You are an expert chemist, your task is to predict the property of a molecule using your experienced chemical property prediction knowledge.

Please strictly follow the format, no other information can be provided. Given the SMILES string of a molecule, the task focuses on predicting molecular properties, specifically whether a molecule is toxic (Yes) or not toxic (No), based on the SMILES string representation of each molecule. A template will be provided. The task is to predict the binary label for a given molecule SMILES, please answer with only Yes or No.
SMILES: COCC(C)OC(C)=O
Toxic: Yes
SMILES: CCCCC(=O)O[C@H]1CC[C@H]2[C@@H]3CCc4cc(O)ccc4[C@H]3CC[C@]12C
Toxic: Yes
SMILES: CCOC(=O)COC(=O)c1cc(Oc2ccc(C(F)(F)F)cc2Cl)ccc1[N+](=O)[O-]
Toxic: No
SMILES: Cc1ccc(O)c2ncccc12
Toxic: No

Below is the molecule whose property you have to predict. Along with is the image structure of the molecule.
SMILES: CC(CC=O)CC(C)(C)C
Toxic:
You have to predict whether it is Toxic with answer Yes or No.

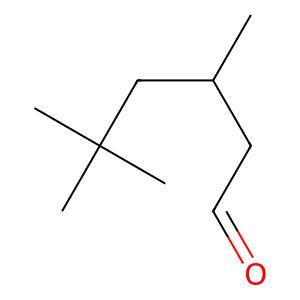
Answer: No